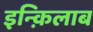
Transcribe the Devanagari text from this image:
इन्क़िलाब